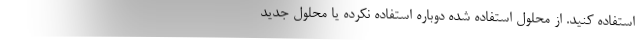
استفاده کنید. از محلول استفاده شده دوباره استفاده نکرده یا محلول جدید